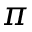
\pi